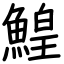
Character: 鰉